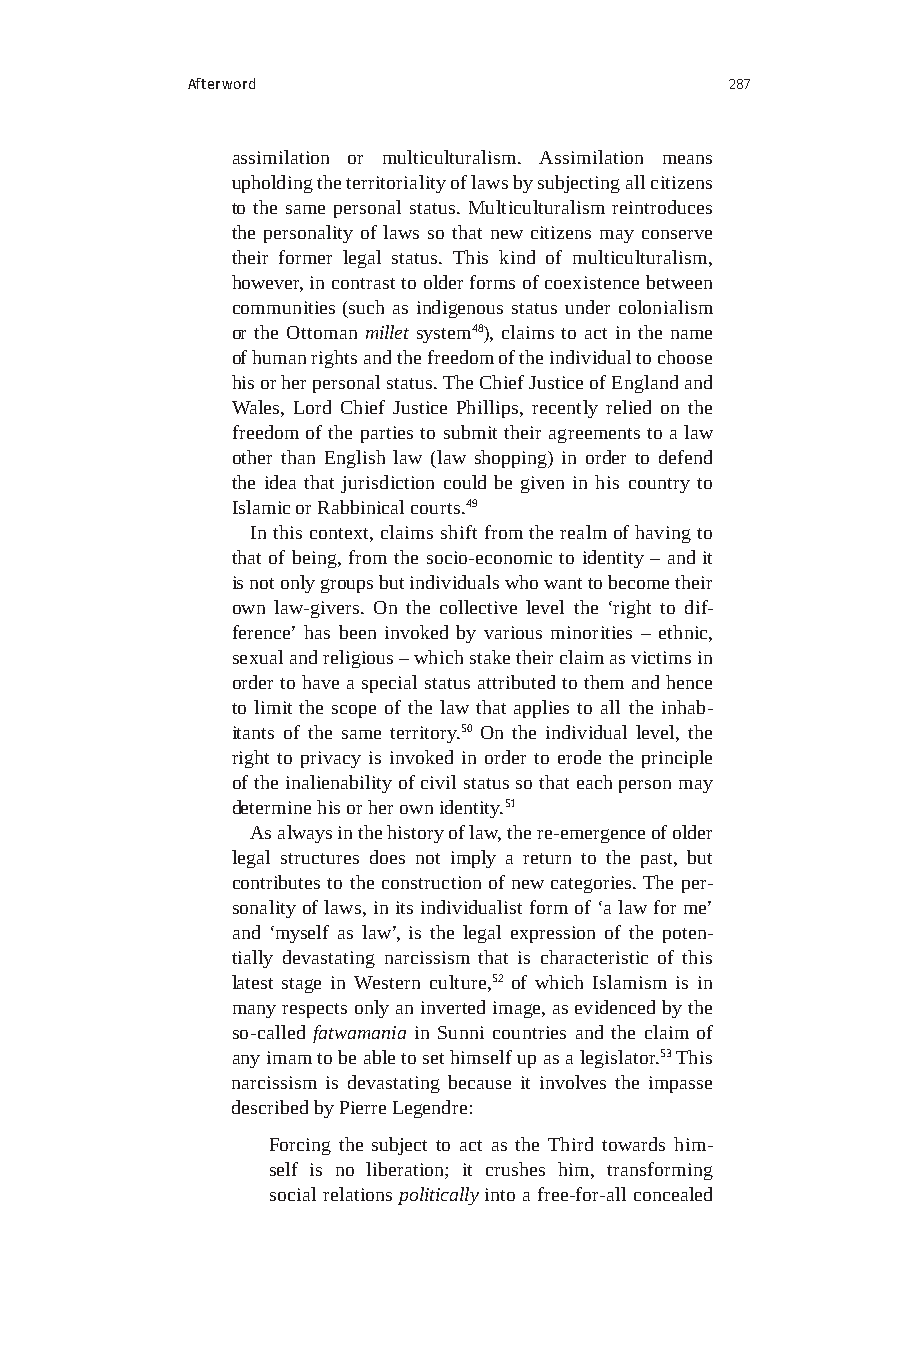
Afterword                           287
 assimilation or multiculturalism. Assimilation means
 upholding the territoriality of laws by subjecting all citizens
 to the same personal status. Multiculturalism reintroduces
 the personality of laws so that new citizens may conserve
 their former legal status. This kind of multiculturalism,
 however, in contrast to older forms of coexistence between
 communities (such as indigenous status under colonialism
 or the Ottoman millet system48), claims to act in the name
 of human rights and the freedom of the individual to choose
 his or her personal status. The Chief Justice of England and
 Wales, Lord Chief Justice Phillips, recently relied on the
 freedom of the parties to submit their agreements to a law
 other than English law (law shopping) in order to defend
 the idea that jurisdiction could be given in his country to
 Islamic or Rabbinical courts.49
 In this context, claims shift from the realm of having to
 that of being, from the socio-economic to identity – and it
 is not only groups but individuals who want to become their
 own law-givers. On the collective level the ‘right to dif-
 ference’ has been invoked by various minorities – ethnic,
 sexual and religious – which stake their claim as victims in
 order to have a special status attributed to them and hence
 to limit the scope of the law that applies to all the inhab-
 itants of the same territory.50 On the individual level, the
 right to privacy is invoked in order to erode the principle
 of the inalienability of civil status so that each person may
 determine his or her own identity.51
 As always in the history of law, the re-emergence of older
 legal structures does not imply a return to the past, but
 contributes to the construction of new categories. The per-
 sonality of laws, in its individualist form of ‘a law for me’
 and ‘myself as law’, is the legal expression of the poten-
 tially devastating narcissism that is characteristic of this
 latest stage in Western culture,52 of which Islamism is in
 many respects only an inverted image, as evidenced by the
 so-called fatwamania in Sunni countries and the claim of
 any imam to be able to set himself up as a legislator.53 This
 narcissism is devastating because it involves the impasse
 described by Pierre Legendre:
 Forcing the subject to act as the Third towards him-
 self is no liberation; it crushes him, transforming
 social relations politically into a free-for-all concealed